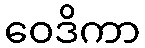
ဝေဒိကာ